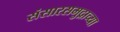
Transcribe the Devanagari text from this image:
संसारसमुद्राच्या